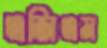
এজিএম